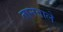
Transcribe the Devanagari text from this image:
तानवाले